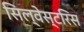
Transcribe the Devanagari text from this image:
सिल्वेस्टरिस